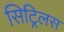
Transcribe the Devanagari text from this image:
सिट्रिलस